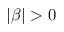
| \beta | > 0